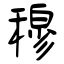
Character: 穆